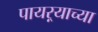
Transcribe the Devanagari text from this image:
पायऱ्याच्या